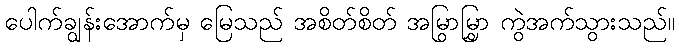
ပေါက်ချွန်းအောက်မှ မြေသည် အစိတ်စိတ် အမြွာမြွှာ ကွဲအက်သွားသည်။